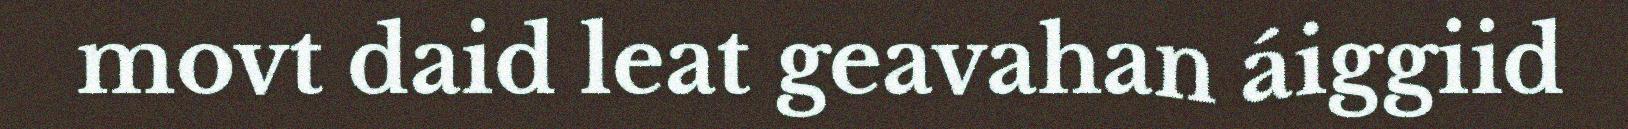
movt daid leat geavahan áiggiid